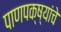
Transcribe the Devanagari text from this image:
पाणपक्ष्यांचे